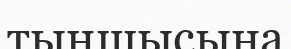
тыңшысына